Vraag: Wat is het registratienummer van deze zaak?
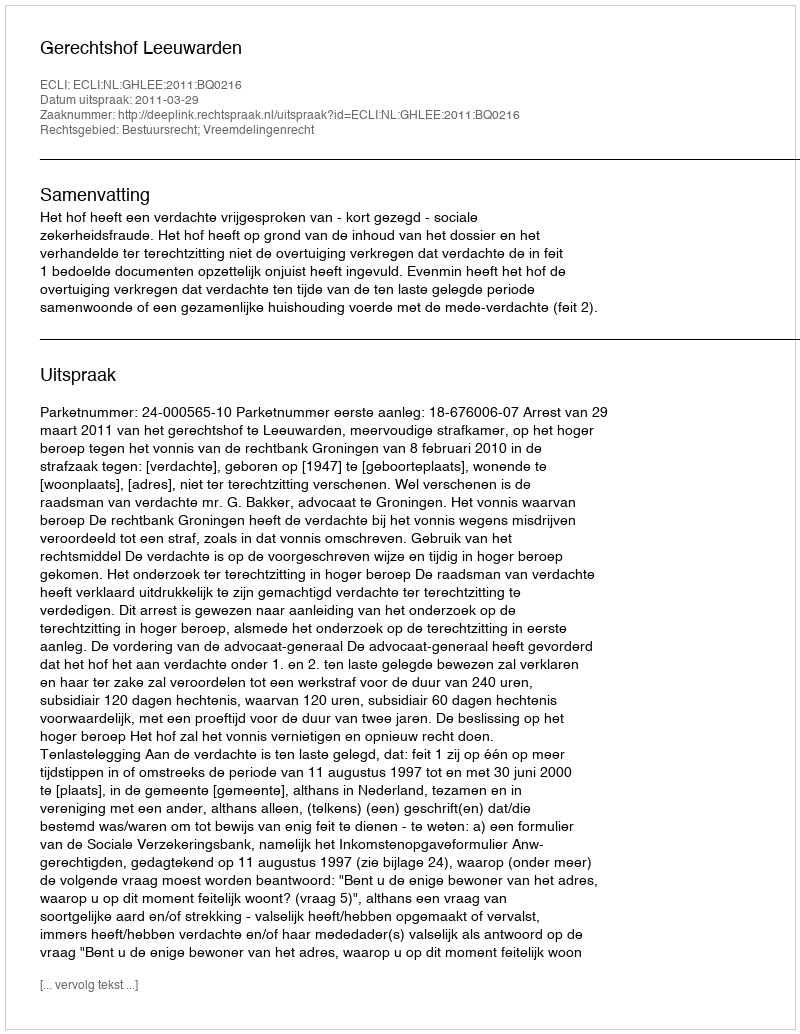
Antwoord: http://deeplink.rechtspraak.nl/uitspraak?id=ECLI:NL:GHLEE:2011:BQ0216